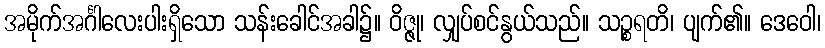
အမိုက်အင်္ဂါလေးပါးရှိသော သန်းခေါင်အခါ၌။ ဝိဇ္ဇု၊ လျှပ်စင်နွယ်သည်။ သဉ္စရတိ၊ ပျက်၏။ ဒေဝေါ၊